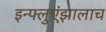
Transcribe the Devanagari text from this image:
इन्फ्लुएंझालाच